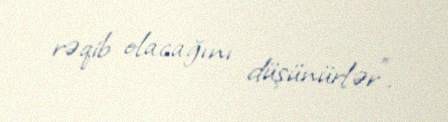
rəqib olacağını düşünürlər”.